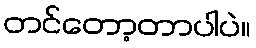
တင်တော့တာပါပဲ။